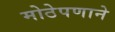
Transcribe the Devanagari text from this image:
मोठेपणाने